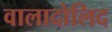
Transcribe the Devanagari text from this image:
वालादोलिद